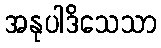
အနုပါဒိသေသာ